Annual statistical returns and brief notes on vaccination in Bengal - 1887-1898
Year: 1887
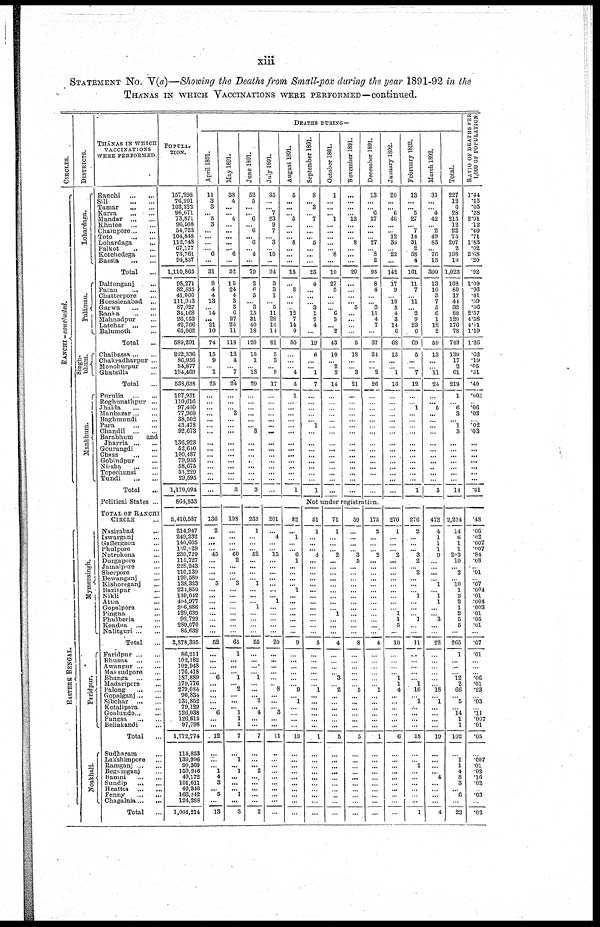
xiii
STATEMENT NO. V(a)—Showing the Deaths from Small-pox during the year 1891-92 in the
THANAS IN WHICH VACCINATIONS WERE PERFORMED—continued.
CIRCLES.
RANCHI -concluded.
EASTERN BENGAL.
DISTRICTS.
Lohardaga.
Palámau.
Singh¬
bhum.
Manbhum.
Mymensingh.
Faridpur.
Noakhali.
THÁNAS IN WHICH
VACCINATIONS
WERE PERFORMED.
Ranchi ... ...
Sili ... ...
Tamar
...
...
Karra
...
...
Mandar ... ...
Khutee ... ...
Chainpore ... ...
Toto
...
...
Lohardaga ...
Palkot
...
...
Kotchedega ...
Bassia
...
...
Total ...
Daltonganj ...
Patan
...
...
Chatterpore ...
Hoessienabad ...
Garwa
...
...
Ranka
...
...
Mahnadpur
Latehar ... ...
Balumoth ...
Total
Chaibassa ... ...
Chakradharpur ...
Monohurpur ...
Ghatsilla ...
Total ...
Purulia ... ...
Roghunathpur ...
Jhalda
...
...
Manbazar ... ...
Baghmundi ...
Para
...
...
Chandil ... ...
Barabhum and
Jharria ... ...
Gourangdi ...
Chass
...
...
Gobindpur ...
Nirsha
...
...
Topechunsi ...
Tundi
...
...
Total ...
Political States ...
TOTAL OF RANCHI
CIRCLE ...
Nasirabad
...
Iswarganj ...
Gaffergaon ...
Phulpore ...
Netrokona ...
Durgapore ...
Jamalpore ...
Sherpore ...
Dewangunj ...
Kishoreganj ...
Bazitpur ...
Nikli ...
Attia ...
Gopalpore ...
Pingna ...
Phulberia ...
Kendna ... ...
Nalitguri ... ...
Total ...
Faridpur ... ...
Bhusna ... ...
Awanpur ... ...
Maksudpore
Bhanga ... ...
Madaripore ...
Palong
...
...
Gopnlganj... ...
Sibchar ... ...
Kotalipara ...
Goalundo ... ...
Pangsa ... ...
Beliakandi ...
Total
...
Sudharam ...
Lakshimpore ...
Ramganj ... ...
Begumganj ...
Bamni
...
...
Sundip ... ...
Heattia ... ...
Fenny
...
...
Chagalnia ... ...
Total ...
POPULA¬
TION.
157,298
76,201
102,222
96,671
73,871
96,508
54,723
104,848
112,748
67,177
73,761
94,837
1,110,865
98,271
82,835
41,066
111,913
87,027
34,168
26,153
42,766
65,062
589,291
222,336
86,956
34,877
194,469
538,638
197,951
110,616
97,430
77,960
38,502
43,478
92,673
136,923
52,640
100,487
79,935
58,675
53,229
29,595
1,170,094
864,833
5,410,587
214,947
249,232
140,605
189,029
239,729
115,727
228,243
110,139
129,589
138,323
224,850
139,042
404,977
306,886
129,639
92,729
289,070
85,639
3,378,395
86,211
102,182
102,948
176,418
187,889
179,776
279,084
96,834
131,852
79,129
126,038
126,615
97,798
1,772,774
114,853
139,996
99,360
159,946
49,172
101,011
49,346
166,242
124,288
1,004,214
DEATHS DURING—
April 1891.
11
3
3
... 5
3
...
...
...
... 6
...
31
8
4
4
13
...
14
... 21
10
74
15
9
...
1
25
...
...
... ...
...
...
...
...
...
...
...
...
...
...
...
May 1891.
38
4
...
... 4
...
...
...
...
... 6
...
52
15
24
4
3
3
6
27
25
11
118
13
4
... 7
24
...
...
...
3
...
...
...
...
...
...
...
...
...
...
3
June 1891.
52
5
...
... 6
... 6
... 6
... 4
...
79
2
6 5
... 3
15
31
40
18
120
15
1
...
13
29
...
...
...
... ...
... 3
...
...
... ...
...
...
...
3
July 1891.
35
...
...
7
23
9
7
... 3
...
10
...
94
3
3
1
...
5
11
28
16
14
81
5
3
...
9
17
...
...
...
...
...
...
...
...
...
...
...
...
...
...
...
August 1891.
5
...
...
...
5
...
...
... 8
...
...
...
18
...
8
...
...
...
12
7
14
9
50
...
...
...
4
4
1
...
...
...
...
...
...
...
...
...
...
...
...
...
1
September 1891.
8
... 3
...
7
...
...
... 5
...
...
...
23
4
...
...
...
3
1
7
4
...
19
6
...
...
1
7
...
...
...
...
...
1
...
...
...
...
...
...
...
...
1
October 1891.
1
...
...
... 1
... ...
...
...
...
8
...
10
27
5
...
...
...
6
3
...
2
43
10
...
2
2
14
...
...
...
...
...
...
...
...
...
...
...
...
...
...
...
November 1891.
...
...
...
...
12
...
...
...
8
...
...
...
20
...
...
...
... 5
...
...
...
...
5
18
...
...
3
21
...
...
...
...
...
...
...
...
...
...
...
...
...
...
...
December 1891.
13
...
...
6
37
...
...
...
27
...
8
2
93
8
4
...
...
3
11
4
7
...
37
24
...
...
2
26
...
...
...
...
...
...
...
...
...
...
...
...
...
...
...
January 1892.
20
...
... 6
46
...
... 12
35
...
22
...
142
17
9
...
10
5
4
3
14
6
68
15
...
...
1
16
...
...
...
...
...
...
...
...
...
...
...
...
...
...
...
February 1892.
13
...
... 5
27
...
7
14
31
2
58
4
161
11
7
...
11
...
2
9
23
6
69
5
...
...
7
12
...
...
1
...
...
...
...
...
...
...
...
...
...
...
1
March 1892.
31
...
... 4
42
12 2
49
83
...
70
13
300
13
10
3
7
5
6
1
12
2
59
13
...
...
11
24
...
...
5
...
...
...
...
...
...
...
...
...
...
...
5
Total.
227
12
6
28
215
12
22
75
207
2
198
19
1,023
108
80
17
44
32
88
120
176
78
743
139
17
2
61
219
1
...
6
3
...
1
3
...
...
...
...
...
...
...
14
RATIO OF DEATHS PER
1,000 OF POPULATION.
1.44
.15
.05
.28
2.91
.12
.40
.71
1.83
.02
2.68
.20
.02
1.09
.96
.41
.39
.36
2.57
4.58
4.11
1.19
1.26
.62
.19
.05
.31
.40
.005
...
.06
.03
...
.02
.03
...
...
...
...
...
...
...
.01
Not under registration.
136
2
...
...
...
45
...
...
...
... 5
...
... ...
...
...
...
...
...
52
...
...
...
...
6
...
...
...
...
... 6
...
...
12
...
...
... 1
4
3
... 5
...
13
198
...
...
...
...
60
2
...
...
... 3
...
...
...
...
...
...
...
...
65
1
...
...
... 1
... 2
...
...
... 1
1
1
7
...
1
...
1
...
... ...
1
...
3
233
1
...
...
...
52
...
...
...
...
1
...
...
...
1
...
...
...
...
55
...
...
...
...
1
...
...
... 2
... 4
...
...
7
...
...
... 2
...
...
...
...
...
2
201
...
4
...
...
15
...
...
...
...
...
...
... 1
...
...
...
...
...
20
...
...
...
...
...
...
8
...
...
...
3
...
...
11
...
...
...
...
...
...
...
...
...
...
82
...
1
...
...
6
1
...
...
...
... 1
...
...
...
... ...
...
...
9
...
...
...
...
...
...
9
...
1
...
...
...
...
10
...
...
...
...
...
...
...
...
...
...
51
1
...
...
... 4
...
...
...
...
...
...
...
...
...
...
...
...
...
5
...
...
...
...
...
... 1
...
...
...
...
...
...
1
...
...
...
...
...
...
...
...
...
...
71
1
...
...
...
2
...
...
...
...
...
...
...
...
...
1
...
...
...
4
...
...
...
...
3
...
2
...
...
...
...
...
...
5
...
...
...
...
...
...
...
...
...
...
59
...
...
...
...
3
5
...
...
...
...
...
...
...
...
...
...
...
...
8
...
...
...
...
...
...
5
...
...
...
...
...
...
5
...
...
...
...
...
...
...
...
...
...
175
2
...
...
...
2
...
...
...
...
...
...
...
...
...
...
...
...
...
4
...
...
...
...
...
...
1
...
...
...
...
...
...
1
...
...
...
...
...
...
...
...
...
...
270
1
...
...
...
2
...
...
...
...
...
...
...
...
...
1
1
5
...
10
...
...
...
...
1
1
4
...
...
...
...
...
...
6
...
...
...
...
...
...
...
...
...
...
276
2
...
...
...
3
2
...
2
...
...
...
1
...
...
...
1
...
...
11
...
...
...
...
...
1
16
...
1
...
...
...
...
18
...
...
1
...
...
...
...
...
...
1
472
4
1
1
1
9
...
...
...
...
1
...
1
1
...
...
3
...
...
22
...
...
...
...
...
...
18
...
1
...
...
...
...
19
...
...
...
...
4
...
...
...
...
4
2,224
14
6
1
1
203
10
...
2
...
10
1
2
2
1
2
5
6
...
265
1
...
...
...
12
2
66
...
5
...
14
1
1
102
...
1
1
4
8
3
...
6
...
23
.48
.06
.02
.007
.007
.84
.08
...
.01
...
.07
.004
.01
.004
.003
.01
.05
.01
...
.07
.01
...
...
...
.06
.01
.23
...
.03
...
.11
.007
.01
.05
...
.007
.01
.02
.16
.02
...
.03
...
.02